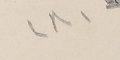
١٨١